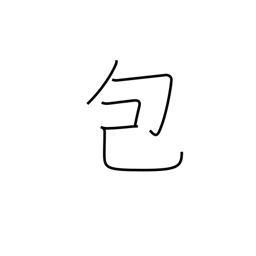
Meaning: pack up